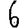
Digit: 6